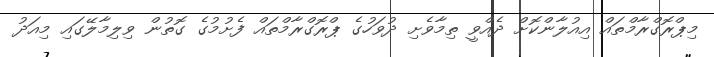
މިޕްރޮގްރާމްތައް އިއުލާންކޮށް ދެއްވީ ތިމާވެށި ދުވަހުގެ ޕްރޮގްރާމްތައް ފެށުމުގެ ގޮތުން ވިލިމާލޭގައި މިއަދު